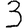
Digit: 3